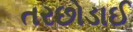
તરછોડાઈ